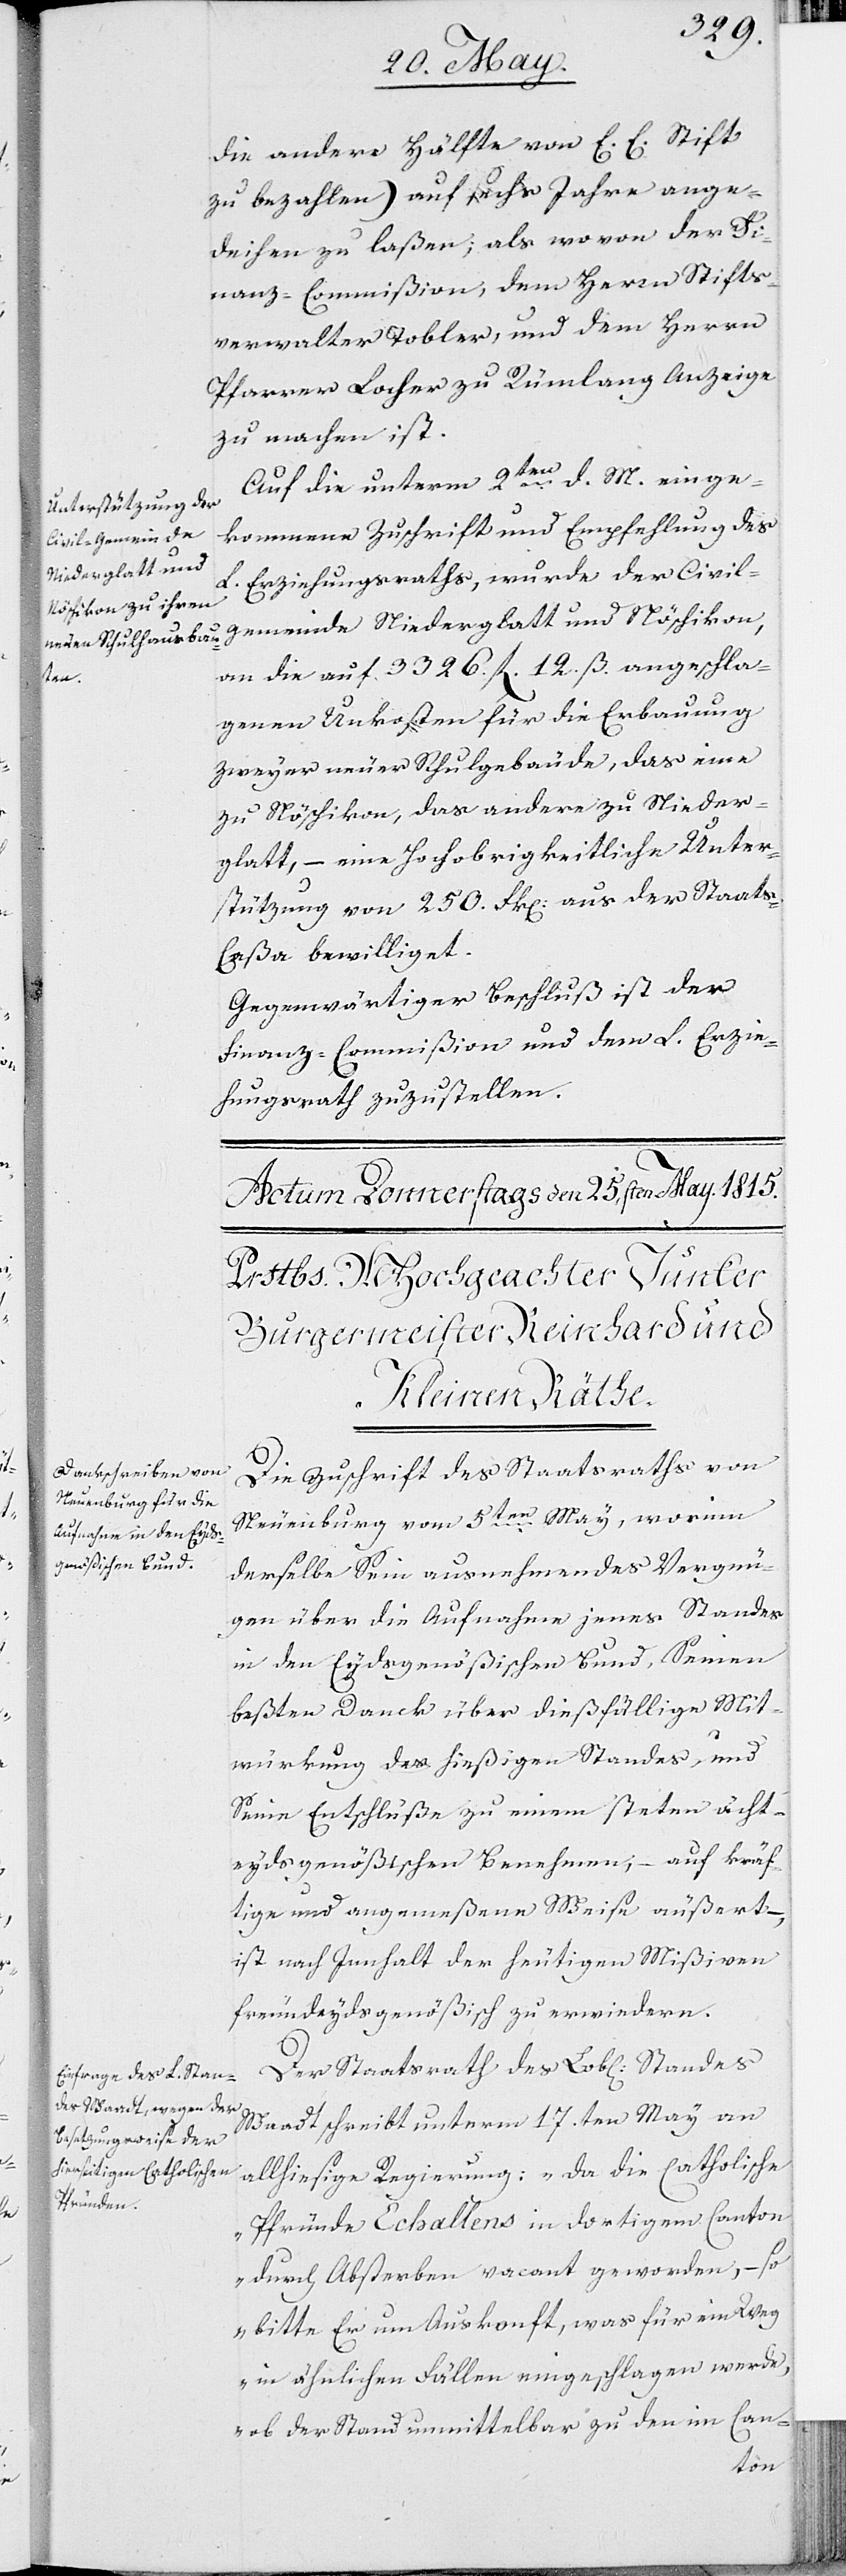
die andere Hälfte von E. E. Stift
zu bezahlen) auf sechs Jahre ange¬
deihen zu laßen; als wo von der Fi¬
nanz-Commißion, dem Herrn Stifts¬
verwalter Tobler, und dem Herrn
Pfarrer Locher zu Rümlang Anzeige
zu machen ist.
Auf die unterm 2ten d. M. einge¬
kommene Zuschrift und Empfehlung des
L. Erziehungsraths, wurde der Civil¬
gemeinde Niederglatt und Nöschikon,
an die auf 3326. fl. 12. ß. angeschla¬
genen Unkosten für die Erbauung
zweyer neuer Schulgebäude, das eine
zu Nöschikon, das andere zu Nieder¬
glatt, – eine Hochobrigkeitliche Unter¬
stützung von 250. Frk. aus der Staats-C¬
aßa bewilliget.
Gegenwärtiger Beschluß ist der
Finanz-Commißion und dem L. Erzie¬
hungsrath zuzustellen.
Die Zuschrift des Staatsraths von
Neuenburg vom 5ten May, worinn
derselbe Sein ausnehmendes Vergnü¬
gen über die Aufnahme jenes Standes
in den Eydsgenößischen Bund, seinen
beßten Danck über dießfällige Mit¬
würkung des hießigen Standes, und
Seine Entschlüße zu einem steten ächt¬
eydsgenößischen Benehmen, – auf kräf¬
tige und angemeßene Weise äußert
ist nach Innhalt der heutigen Mißiven
freundeydsgenößisch zu erwiedern.
Der Staatsrath des Lobl. Standes
Waadt schreibt unterm 17.ten May an
allhiesige Regierung: „Da die Catholischen
Pfründe Echallens in dortigem Canton
durch Absterben vacant geworden, – so
bitte Er um Auskonft, was für ein Weg
in ähnlichen Fällen eingeschlagen werde,
ob der Stand unmittelbar zu den in Can-